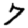
Digit: 7